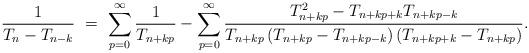
LaTeX: \begin{align*} \frac{1}{T_{n}-T_{n-k}} \ = \ \sum^{\infty}_{p=0}\frac{1}{T_{n+kp}}-\sum^{\infty}_{p=0} \frac{T_{n+kp}^{2}-T_{n+kp+k}T_{n+kp-k}}{T_{n+kp}\left(T_{n+kp}-T_{n+kp-k}\right)\left(T_{n+kp+k}-T_{n+kp}\right)}.\end{align*}